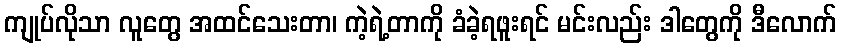
ကျုပ်လိုသာ လူတွေ အထင်သေးတာ၊ ကဲ့ရဲ့တာကို ခံခဲ့ရဖူးရင် မင်းလည်း ဒါတွေကို ဒီလောက်